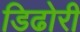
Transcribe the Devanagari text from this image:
डिढोरी